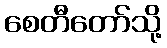
စေတီတော်သို့